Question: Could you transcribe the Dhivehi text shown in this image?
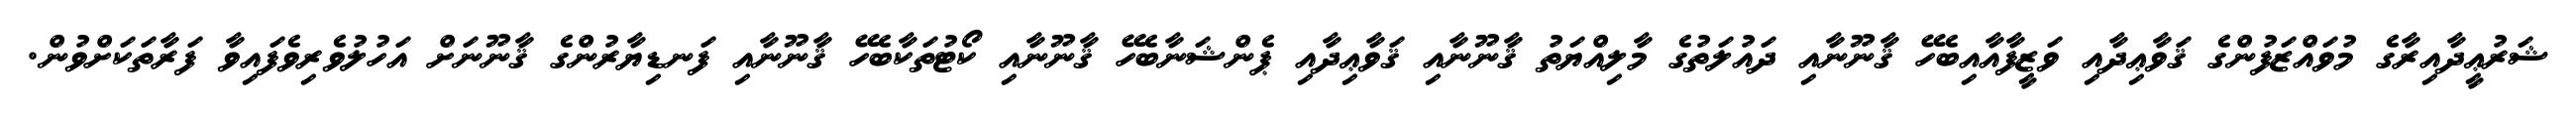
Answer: ޝަރުޢީދާއިރާގެ މުވައްޒަފުންގެ ޤަވާޢިދާއި ވަޒީފާއާއިބެހޭ ޤާނޫނާއި ދައުލަތުގެ މާލިއްޔަތު ޤާނޫނާއި ޤަވާޢިދާއި ޕެންޝަނާބެހޭ ޤާނޫނާއި ކޯޓުތަކާބެހޭ ޤާނޫނާއި ފަނޑިޔާރުންގެ ޤާނޫނަށް އަހުލުވެރިވެފައިވާ ފަރާތަކަށްވުން.